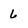
Character: 6